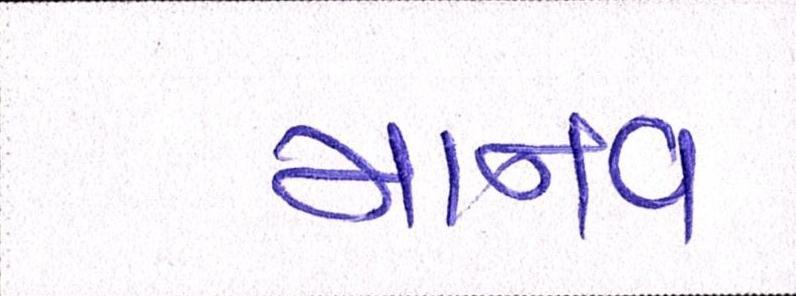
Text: માનવ